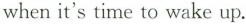
whenit's time to wake up.